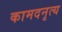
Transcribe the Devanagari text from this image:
कामदनृत्य